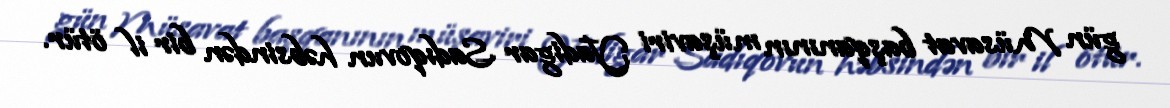
gün Müsavat başqanının müşaviri Yadigar Sadıqovun həbsindən bir il ötür.